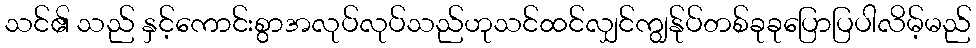
သင်၏ သည် နှင့်ကောင်းစွာအလုပ်လုပ်သည်ဟုသင်ထင်လျှင်ကျွန်ုပ်တစ်ခုခုပြောပြပါလိမ့်မည်